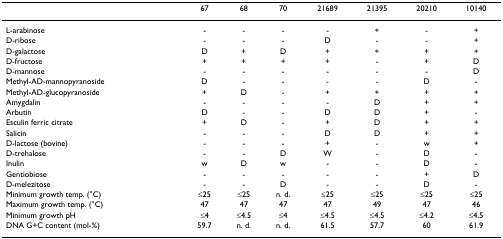
|  | 67 | 68 | 70 | 21689 | 21395 | 20210 | 10140 |
 | --- | --- | --- | --- | --- | --- | --- | --- |
 | L-arabinose | - | - | - | - | + | - | + |
 | D-ribose | - | - | - | D | - | - | + |
 | D-galactose | D | + | D | + | + | + | + |
 | D-fructose | + | + | + | + | - | + | D |
 | D-mannose | - | - | - | - | - | - | D |
 | Methyl-AD-mannopyranoside | D | - | - | - | - | D | - |
 | Methyl-AD-glucopyranoside | + | D | - | + | + | + | + |
 | Amygdalin | - | - | - | - | D | + | + |
 | Arbutin | D | - | - | D | D | + | - |
 | Esculin ferric citrate | + | D | - | + | D | + | + |
 | Salicin | - | - | - | D | D | + | + |
 | D-lactose (bovine) | - | - | - | + | - | w | + |
 | D-trehalose | - | - | D | W | - | D | - |
 | Inulin | w | D | w | - | - | D | - |
 | Gentiobiose | - | - | - | - | - | + | D |
 | D-melezitose | - | - | D | - | - | D | - |
 | Minimum growth temp. (°C) | ≤25 | ≤25 | n. d. | ≤25 | ≤25 | ≤25 | ≤25 |
 | Maximum growth temp. (°C) | 47 | 47 | 47 | 47 | 49 | 47 | 46 |
 | Minimum growth pH | ≤4 | ≤4.5 | ≤4 | ≤4.5 | ≤4.5 | ≤4.2 | ≤4.5 |
 | DNA G+C content (mol-%) | 59.7 | n. d. | n. d. | 61.5 | 57.7 | 60 | 61.9 |